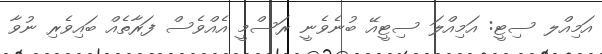
އަމިއްލ ސިޓީ: އަމިއްލަ ސިޓީއޭ ބުނެވެނީ ރަސްމީ އެއްވެސް ފަރާތެއް ބައިވެރި ނުވާ